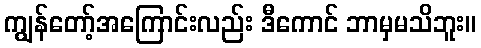
ကျွန်တော့်အကြောင်းလည်း ဒီကောင် ဘာမှမသိဘူး။